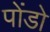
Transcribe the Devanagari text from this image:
पोंडो